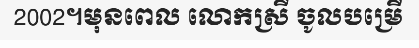
2002។មុនពេល លោកស្រី ចូលបម្រើ